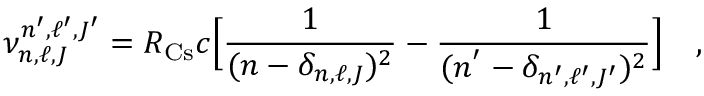
\nu _ { n , \ell , J } ^ { n ^ { \prime } , \ell ^ { \prime } , J ^ { \prime } } = R _ { \mathrm { C s } } c \Big [ \frac { 1 } { ( n - \delta _ { n , \ell , J } ) ^ { 2 } } - \frac { 1 } { ( n ^ { ' } - \delta _ { n ^ { \prime } , \ell ^ { \prime } , J ^ { \prime } } ) ^ { 2 } } \Big ] \quad ,